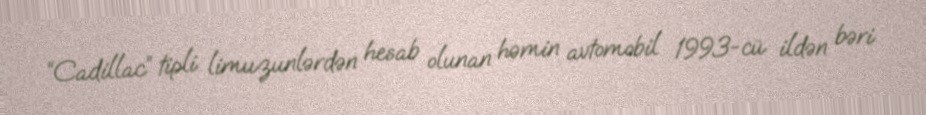
“Cadillac” tipli limuzunlərdən hesab olunan həmin avtomobil 1993-cü ildən bəri